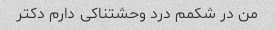
من در شکمم درد وحشتناکی دارم دکتر